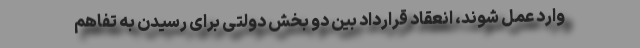
وارد عمل شوند، انعقاد قرارداد بین دو بخش دولتی برای رسیدن به تفاهم